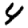
Digit: 4